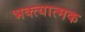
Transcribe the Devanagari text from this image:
भक्त्यात्मक